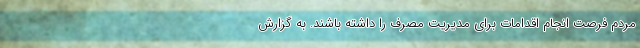
مردم فرصت انجام اقدامات برای مدیریت مصرف را داشته باشند. به گزارش